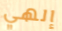
إلهي